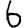
Digit: 6